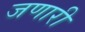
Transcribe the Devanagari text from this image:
जणारी